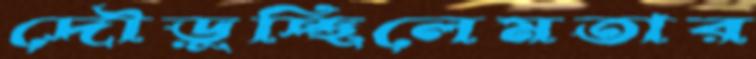
দৌড়ুচ্ছিলেমতার